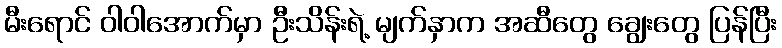
မီးရောင် ဝါဝါအောက်မှာ ဦးသိန်းရဲ့ မျက်နှာက အဆီတွေ ချွေးတွေ ပြန်ပြီး